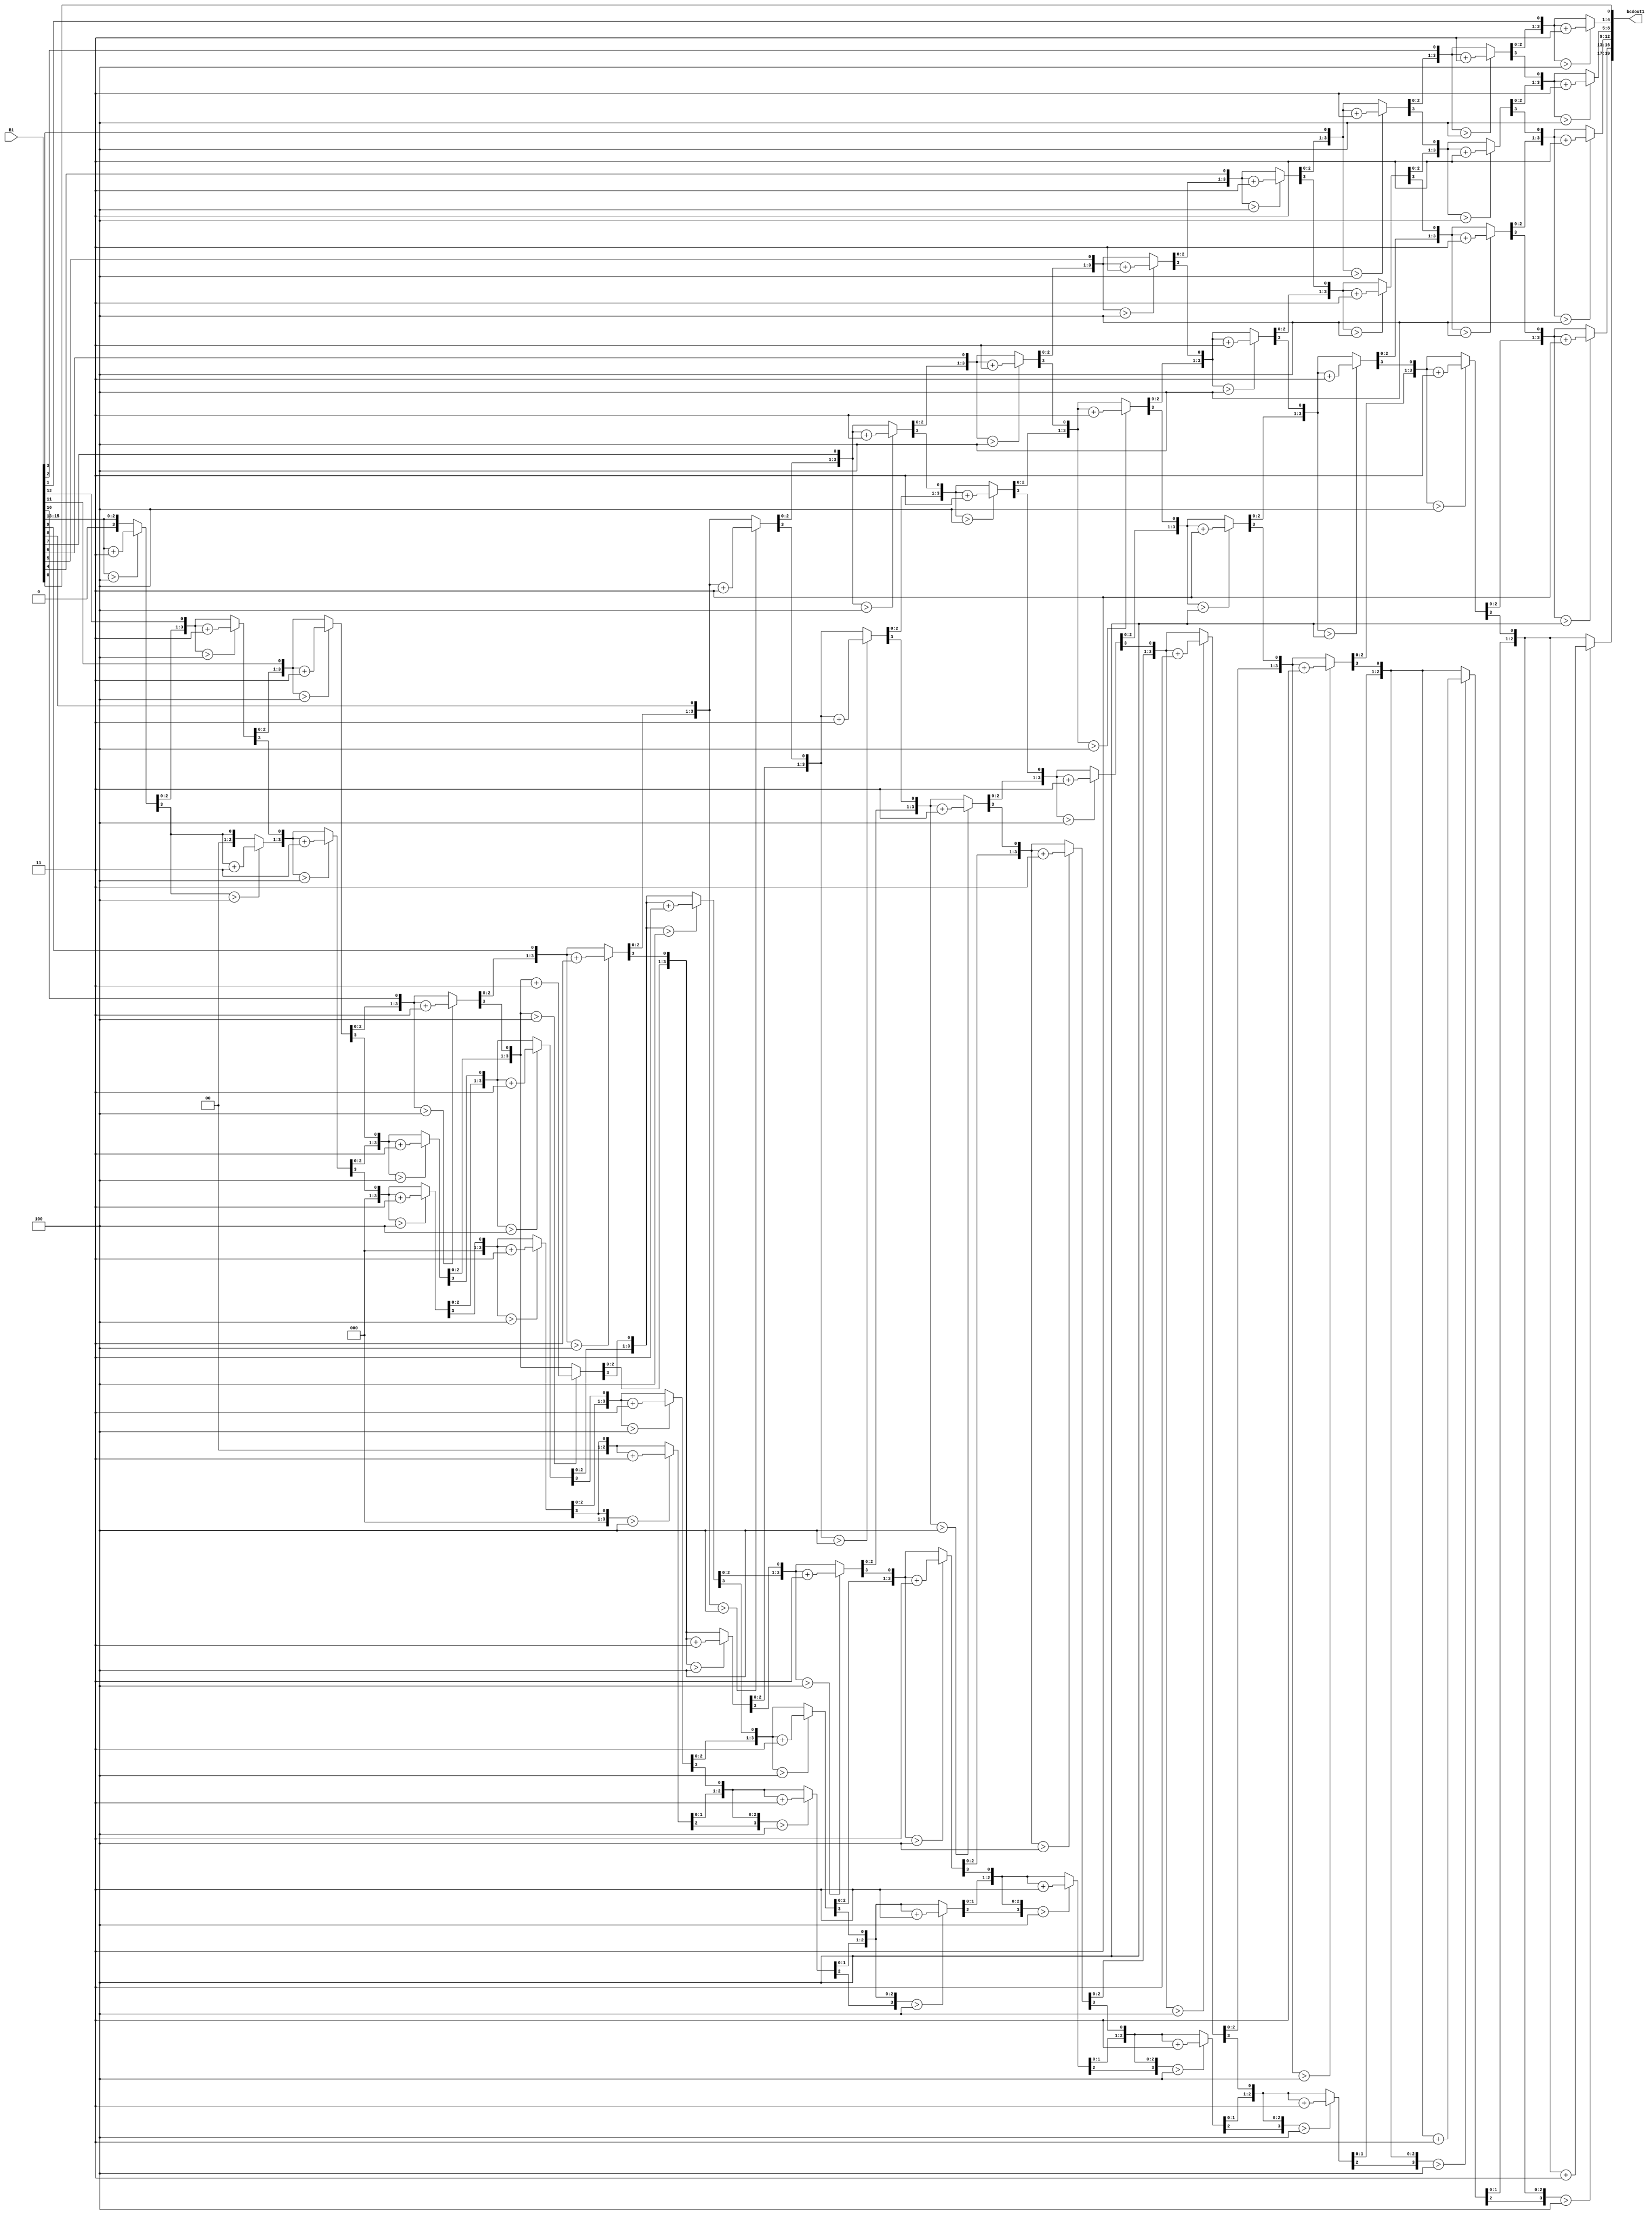
`timescale 1ns / 1ps
//////////////////////////////////////////////////////////////////////////////////
// Company: 
// Engineer: 
// 
// Design Name: 
// Module Name: BIN_DEC1
// Project Name: 
// Target Devices: 
// Tool Versions: 
// Description: 
// 
// Dependencies: 
// 
// Revision:
// Revision 0.01 - File Created
// Additional Comments:
// 
//////////////////////////////////////////////////////////////////////////////////


module BIN_DEC1(

	input [15:0] B1,
	output reg [19:0] bcdout1
	);
	
	reg [35:0] z;
	integer i;

always @(*)
  begin
    for(i = 0; i <= 35; i = i+1)
	z[i] = 0;
    z[18:3] = B1; // shift b 3 places left

    //for(i = 0; i <= 12; i = i+1)
    repeat(13)
	 begin
	if(z[19:16] > 4)	
		z[19:16] = z[19:16] + 3;
	if(z[23:20] > 4) 	
		z[23:20] = z[23:20] + 3;
	if(z[27:24] > 4) 	
		z[27:24] = z[27:24] + 3;
	if(z[31:28] > 4) 	
		z[31:28] = z[31:28] + 3;
	if(z[35:32] > 4) 	
		z[35:32] = z[35:32] + 3;

	z[35:1] = z[34:0];
	
	//z[34:2] = z[33:1];
    end      
    bcdout1 = z[35:16];//20 bits
  end         
  
endmodule